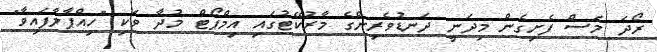
ރޯދަ މަސް ފެށިގެން މިދަނީ ދަނޑުވެރިންގެ މާރުކޭޓުގައި އިމްޕޯޓް މުދާ ވަކި "ހިއްޕާލާފައިވާ"